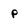
Character: P